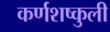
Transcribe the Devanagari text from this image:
कर्णशष्कुली